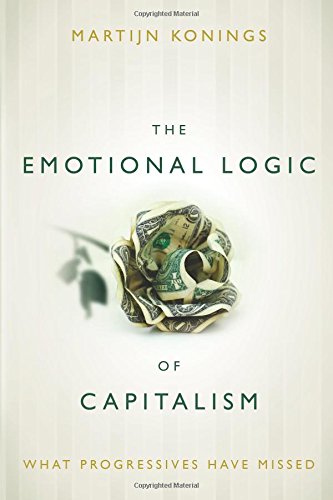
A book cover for The Emotional Logic of Capitalism: What Progressives Have Missed; Martijn Konings; Business & Money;